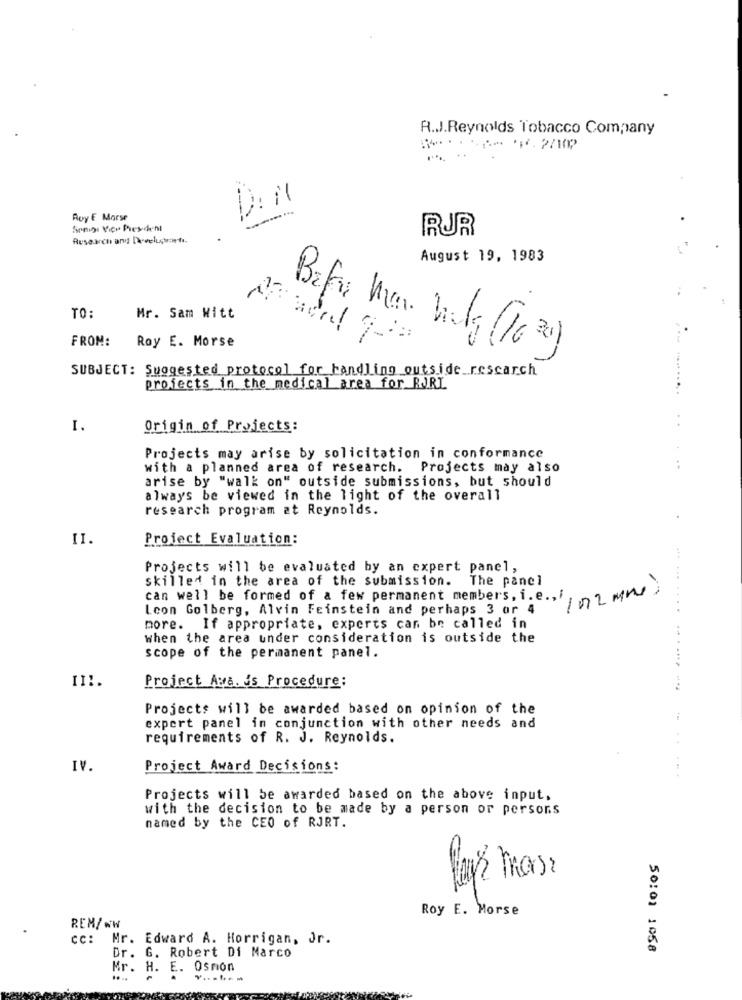
R.J.Reynolds Tobacco Company
Roy E Marse
Songs Vier President
RUR
Research and Delshorts
August 19, 1983
TO:
Mr. Sam Witt
FROM:
Roy E. Morse
Befri Man Valg (16 30)
SUBJECT: Suggested protocol for handling outside research
projects in the medical area for RJRL
I.
Origin of Projects:
Projects may arise by solicitation in conformance
with a planned area of research. Projects may also
arise by "walk on" outside submissions, but should
always be viewed in the light of the overall
research program at Reynolds.
II.
Project Evaluation:
Projects will be evaluated by an expert panel,
skilled in the area of the submission.
The panel
can well be formed of a few permanent members, i.e ., 2 MM)
Lcon Golberg, Alvin Feinstein and perhaps 3 or 4
more. If appropriate, experts can be called in
when the area under consideration is outside the
scope of the permanent panel.
Project Ava. és Procedure:
II :.
Projects will be awarded based on opinion of the
expert panel in conjunction with other needs and
requirements of R. J. Reynolds.
IV.
Project Award Decisions:
Projects will be awarded based on the above input.
with the decision to be made by a person or persons
named by the CEO of RJRT.
Sa
Roy E. Morse
REM/WW
CC:
Mr. Edward A. Horrigan, Jr.
50:01 1058
Dr. G. Robert Di Marco
Mr. H. E.
Osmon
v .. ....